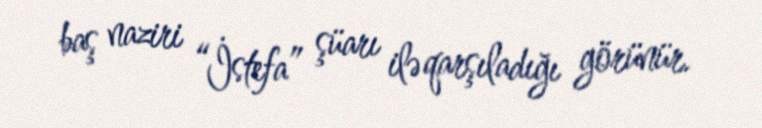
baş naziri “İstefa” şüarı ilə qarşıladığı görünür.